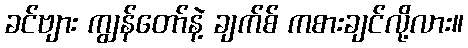
ခင်ဗျား ကျွန်တော်နဲ့ ချက်စ် ကစားချင်လို့လား။